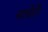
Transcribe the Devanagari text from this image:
नायेरी